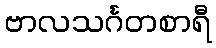
ဗာလသင်္ဂတစာရီ